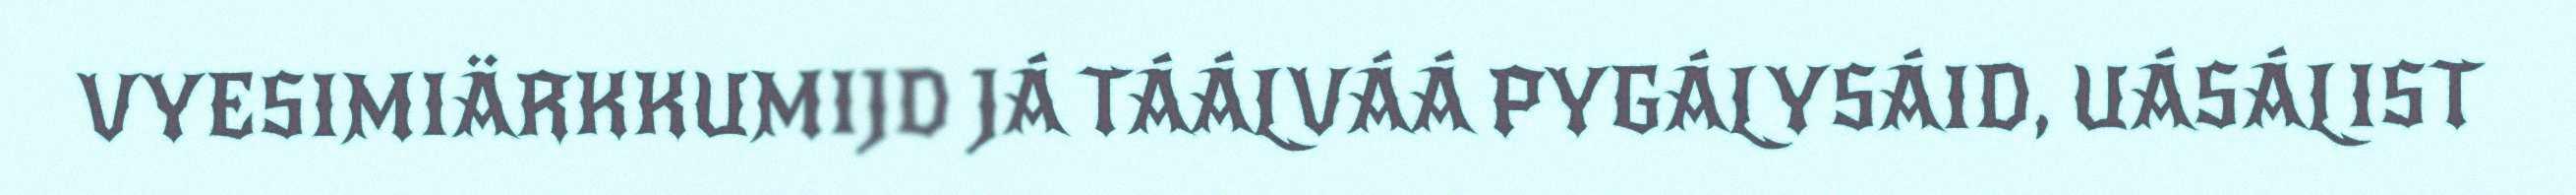
VYESIMIÄRKKUMIJD JÁ TÁÁLVÁÁ PYGÁLYSÁID, UÁSÁLIST